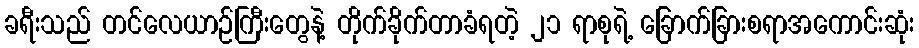
ခရီးသည် တင်လေယာဉ်ကြီးတွေနဲ့ တိုက်ခိုက်တာခံရတဲ့ ၂၁ ရာစုရဲ့ ခြောက်ခြားစရာအကောင်းဆုံး